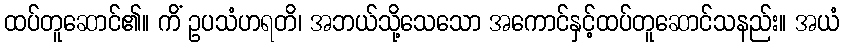
ထပ်တူဆောင်၏။ ကိံ ဥပသံဟရတိ၊ အဘယ်သို့သေသော အကောင်နှင့်ထပ်တူဆောင်သနည်း။ အယံ